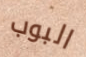
البوب